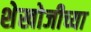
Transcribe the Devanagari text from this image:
शेखोजीच्या